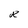
Character: R